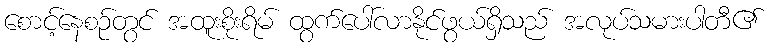
စောင့်နေစဉ်တွင် အထူးစိုးရိမ် ထွက်ပေါ်လာနိုင်ဖွယ်ရှိသည် အလုပ်သမားပါတီ၏